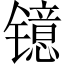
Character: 镱